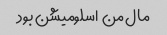
مال من  اسلومیشن بود